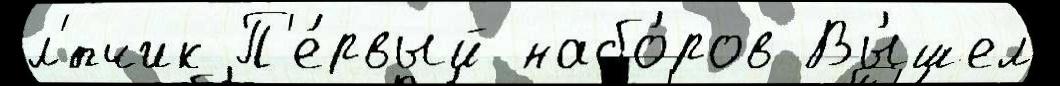
л'́тчик П'е́рвый набо́ров Вы́шел